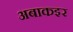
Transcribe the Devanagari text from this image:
अबाकइर